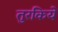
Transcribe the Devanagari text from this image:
तुरकिये